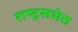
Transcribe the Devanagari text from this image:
राष्ट्रसभेत